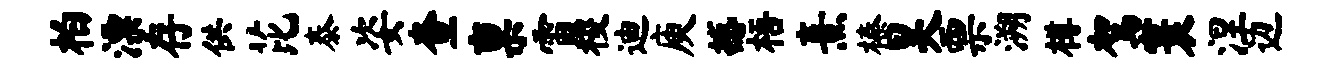
柏漂存供芘泰姿查禀雷稷迪庾撼梧熹榛昊票溯樽驾寰涅边